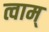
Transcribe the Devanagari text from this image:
त्वाम्